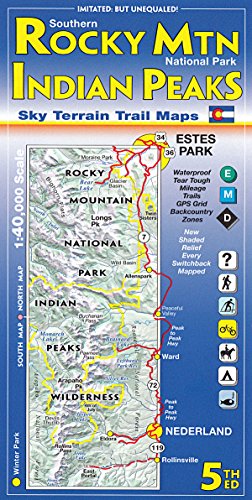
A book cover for Southern Rocky Mountain National Park & Indian Peaks Wilderness Trail Map, 4th Edition; Sky Terrain; Travel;